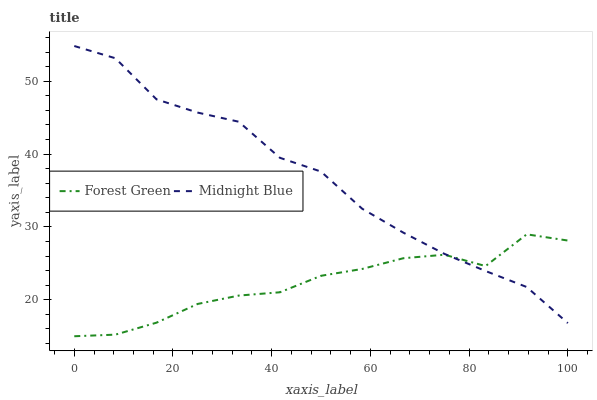
| xaxis_label | Forest Green | Midnight Blue |
 | --- | --- | --- |
 | 0 | 15 | 54.8 |
 | 8.33 | 15.2 | 53.2 |
 | 16.7 | 16.9 | 47.5 |
 | 25 | 19.4 | 45.7 |
 | 33.3 | 20.6 | 44.4 |
 | 41.7 | 21 | 39.5 |
 | 50 | 23.3 | 37.6 |
 | 58.3 | 24.2 | 32.5 |
 | 66.7 | 25.7 | 29.2 |
 | 75 | 26.2 | 26.3 |
 | 83.3 | 24.6 | 24 |
 | 91.7 | 29 | 21.8 |
 | 100 | 28.1 | 16.8 |